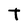
Character: t